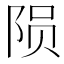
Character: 陨